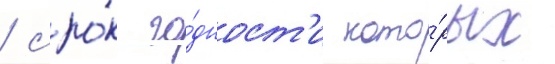
/ сро́к го́дност'и кото́рых